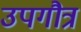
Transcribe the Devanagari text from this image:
उपगौत्र